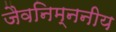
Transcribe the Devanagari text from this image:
जैवनिम्ननीय